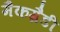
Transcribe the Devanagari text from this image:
मैकग्रैडी